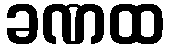
ခဏထ